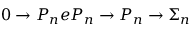
0 \rightarrow P _ { n } e P _ { n } \rightarrow P _ { n } \rightarrow \Sigma _ { n }